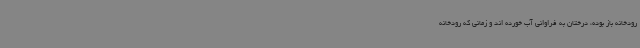
رودخانه باز بوده، درختان به فراوانی آب خورده اند و زمانی که رودخانه